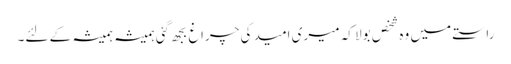
راستے میں وہ شخص بولا کہ میری امید کی چراغ بجھ گئی ہمیشہ ہمیشہ کے لئے۔